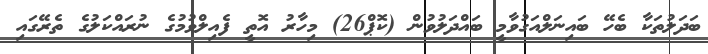
ބަދަލުތަކާ ބެހޭ ބައިނަލްއަގުވާމީ ބައްދަލުވުން (ކޮޕް26) މިހާރު އޮތީ ފެއިލްވުމުގެ ނުރައްކަލުގެ ތެރޭގައި